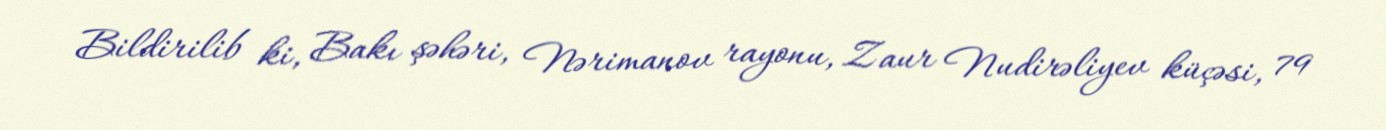
Bildirilib ki, Bakı şəhəri, Nərimanov rayonu, Zaur Nudirəliyev küçəsi, 79